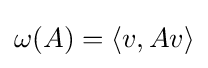
\omega (A)=\langle v,Av\rangle